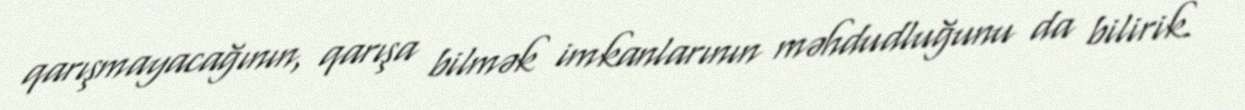
qarışmayacağının, qarışa bilmək imkanlarının məhdudluğunu da bilirik.